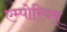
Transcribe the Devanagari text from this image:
एम्पोरियम्